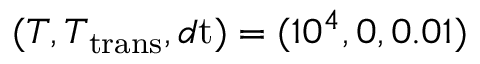
( T , T _ { \mathrm { t r a n s } } , d \mathrm { t } ) = ( 1 0 ^ { 4 } , 0 , 0 . 0 1 )